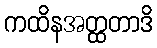
ကထိနအတ္ထတာဒိ